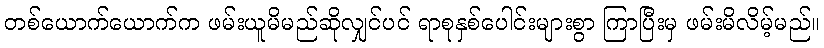
တစ်ယောက်ယောက်က ဖမ်းယူမိမည်ဆိုလျှင်ပင် ရာစုနှစ်ပေါင်းများစွာ ကြာပြီးမှ ဖမ်းမိလိမ့်မည်။